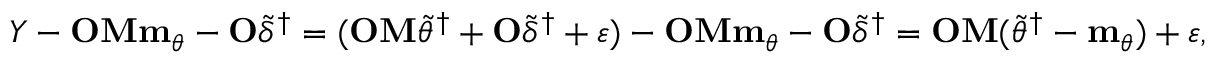
Y - \mathbf { O } \mathbf { M } \mathbf { m } _ { \theta } - \mathbf { O } \widetilde { \delta } ^ { \dagger } = ( \mathbf { O } \mathbf { M } \widetilde { \theta } ^ { \dagger } + \mathbf { O } \widetilde { \delta } ^ { \dagger } + \varepsilon ) - \mathbf { O } \mathbf { M } \mathbf { m } _ { \theta } - \mathbf { O } \widetilde { \delta } ^ { \dagger } = \mathbf { O } \mathbf { M } ( \widetilde { \theta } ^ { \dagger } - \mathbf { m } _ { \theta } ) + \varepsilon ,